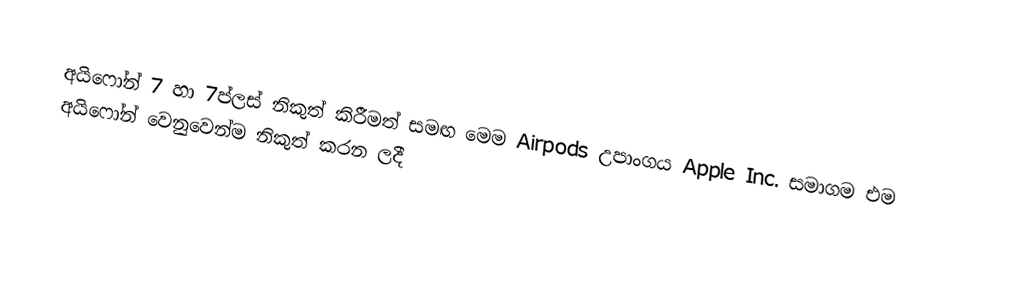
අයිෆෝන් 7 හා 7ප්ලස් නිකුත් කිරීමත් සමඟ මෙම  Airpods උපාංගය Apple Inc. සමාගම එම අයිෆෝන් වෙනුවෙන්ම නිකුත් කරන ලදී